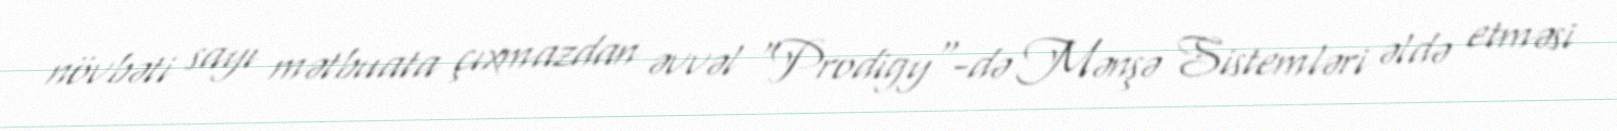
növbəti sayı mətbuata çıxmazdan əvvəl "Prodigy"-də Mənşə Sistemləri əldə etməsi